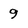
Character: 9